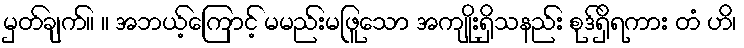
မှတ်ချက်။ ။ အဘယ့်ကြောင့် မမည်းမဖြူသော အကျိုးရှိသနည်း စုဒ်ရှိရကား တံ ဟိ၊